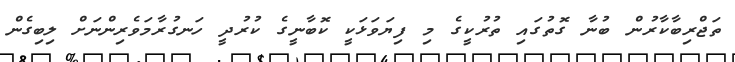
ތަޖްރިބާކާރުން ބުނާ ގޮތުގައި ތުރުކީގެ މި ފިޔަވަޅަކީ ކޮބާނީގެ ކުރުދީ ހަނގުރާމަވެރިންނަށް ލިބިގެން